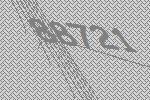
88721